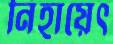
নিহায়েৎ